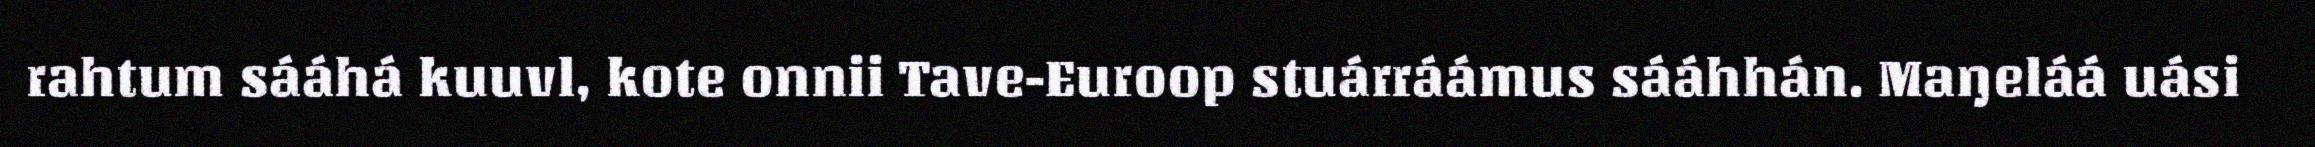
rahtum sááhá kuuvl, kote onnii Tave-Euroop stuárráámus sááhhán. Maŋeláá uási